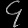
Digit: ၄